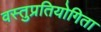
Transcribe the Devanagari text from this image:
वस्तुप्रतियोगिता